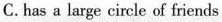
C. has a large cirele of friends